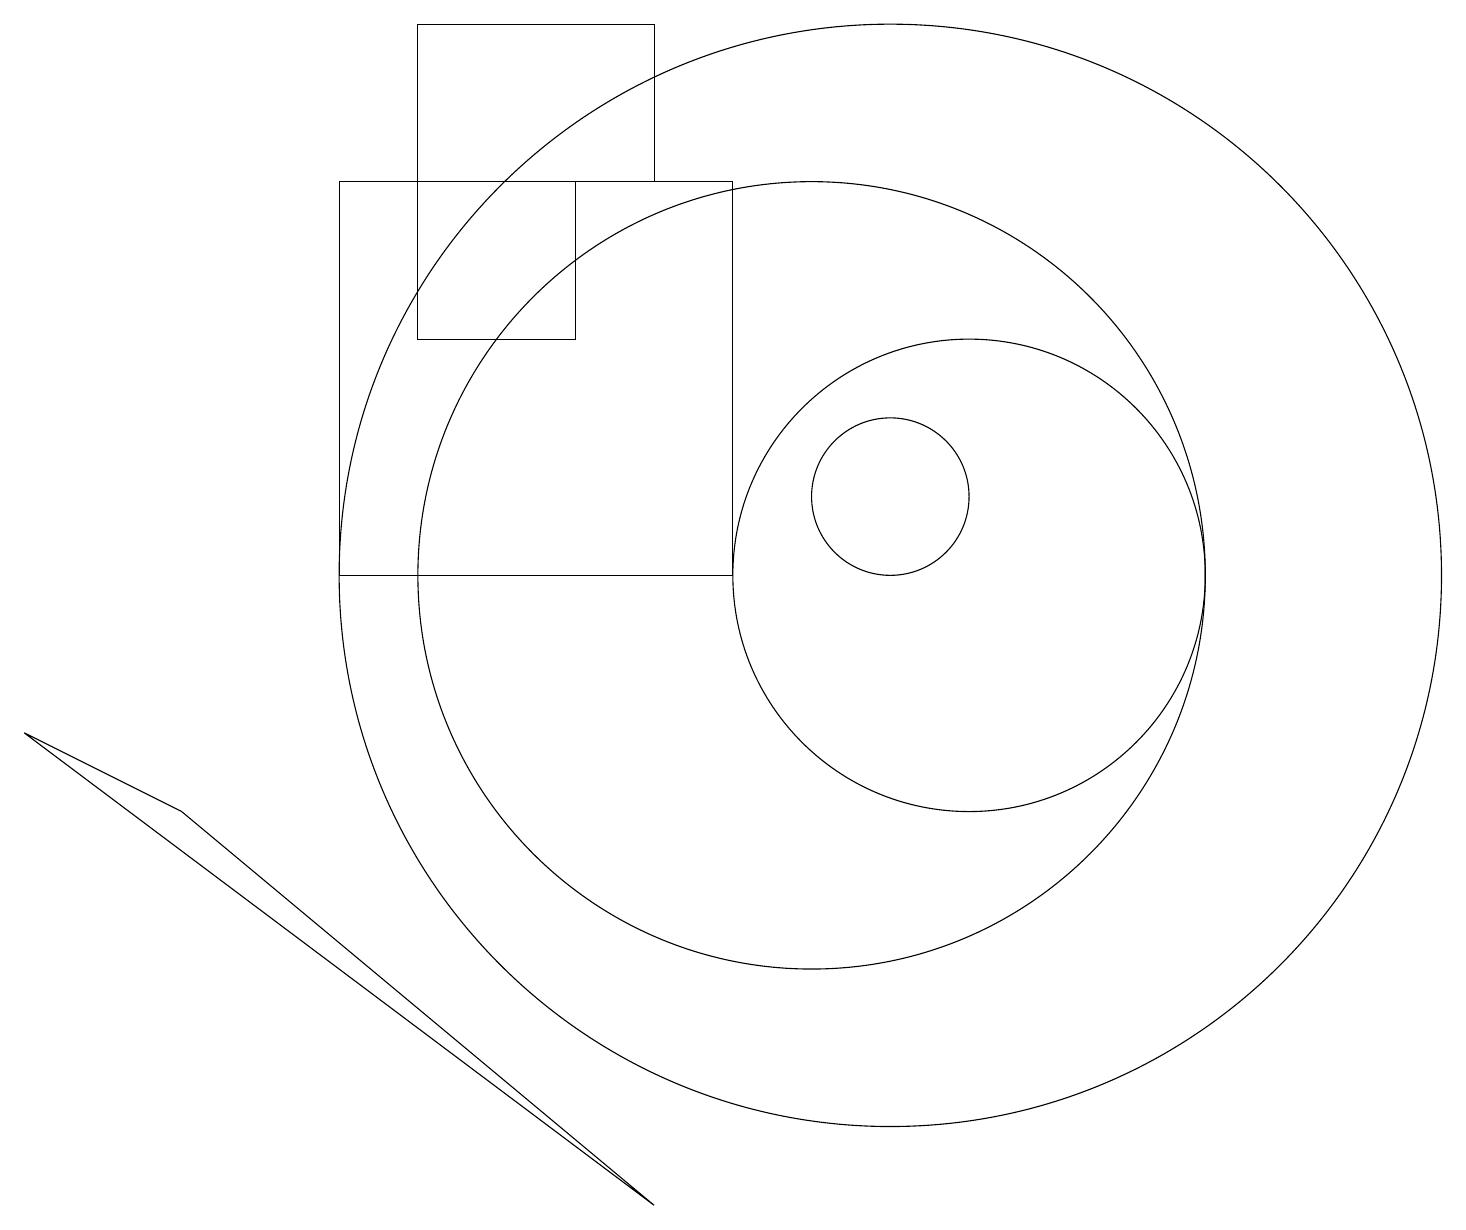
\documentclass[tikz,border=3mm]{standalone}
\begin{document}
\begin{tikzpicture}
\draw (5,15) rectangle (7,13);
\draw (12,10) circle (3);
\draw (11,11) circle (1);
\draw (11,10) circle (7);
\draw (5,15) rectangle (8,17);
\draw (0,8) -- (2,7) -- (8,2) -- cycle;
\draw (4,10) rectangle (9,15);
\draw (10,10) circle (5);
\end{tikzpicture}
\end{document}